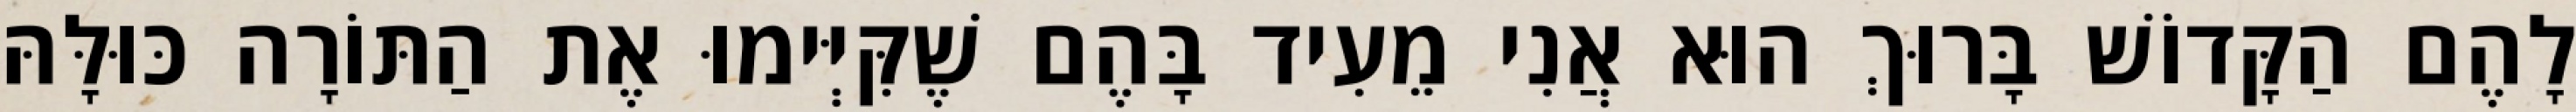
לָהֶם הַקָּדוֹשׁ בָּרוּךְ הוּא אֲנִי מֵעִיד בָּהֶם שֶׁקִּיְּימוּ אֶת הַתּוֹרָה כּוּלָּהּ